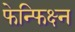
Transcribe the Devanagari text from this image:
फेन्फिक्ष्न